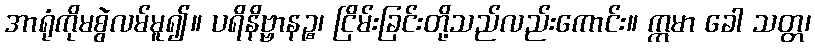
အာရုံကိုမစွဲလမ်မူ၍။ ပရိနိဗ္ဗာနဉ္စ၊ ငြိမ်းခြင်းတို့သည်လည်းကောင်း။ ဣမာ ခေါ သတ္တ၊